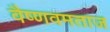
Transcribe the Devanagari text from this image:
वैष्णवमताज